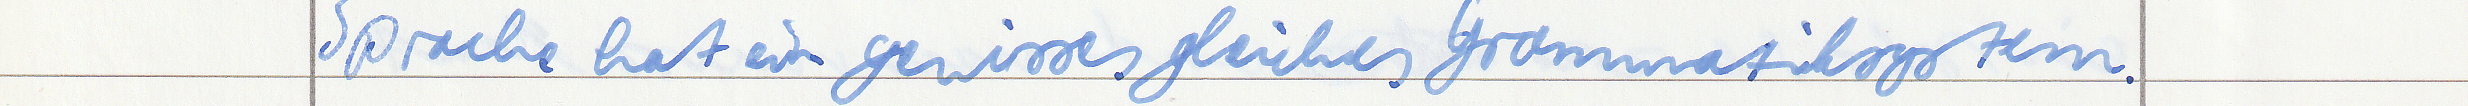
Sprache hat ein gewisses gleiches Grammatiksystem.